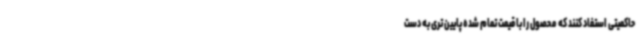
حاکمیتی استفاد کنند که محصول را با قیمت تمام شده پایین تری به دست